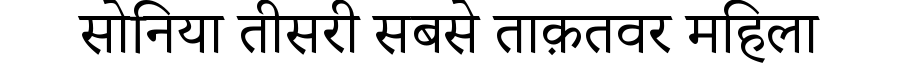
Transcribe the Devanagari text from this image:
सोनिया तीसरी सबसे ताक़तवर महिला